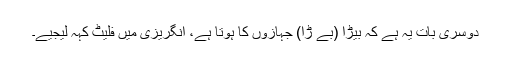
دوسری بات یہ ہے کہ بیڑا (بے ڑا) جہازوں کا ہوتا ہے، انگریزی میں فلیٹ کہہ لیجیے۔